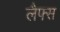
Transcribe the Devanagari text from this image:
लैफ्स